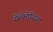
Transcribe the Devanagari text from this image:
सेलेमोनियल